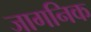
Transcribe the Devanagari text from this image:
जागनिक